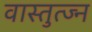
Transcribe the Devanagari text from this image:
वास्तुत्ज्न